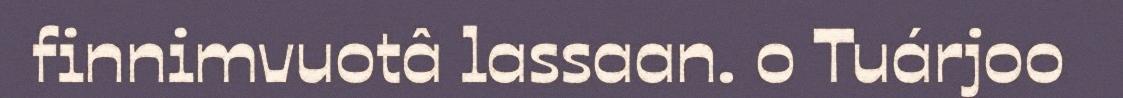
finnimvuotâ lassaan. o Tuárjoo